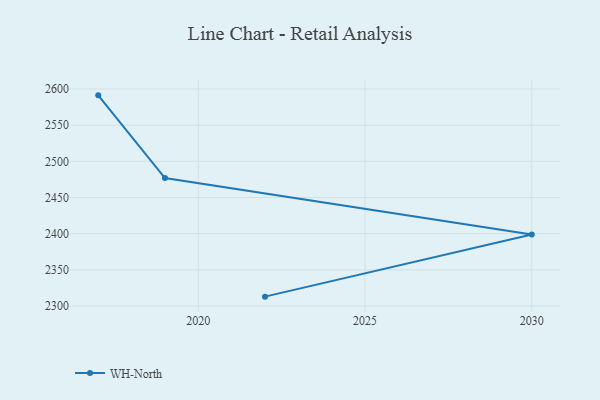
{"axis": {"x": "Year", "y": "Inventory Turnover"}, "legend": ["WH-North"], "data": [{"x": "2022", "y": 2313.0, "type": "WH-North"}, {"x": "2030", "y": 2398.9, "type": "WH-North"}, {"x": "2019", "y": 2476.9, "type": "WH-North"}, {"x": "2017", "y": 2591.2, "type": "WH-North"}]}